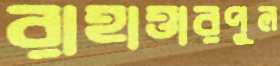
রাহাত্তারপুল